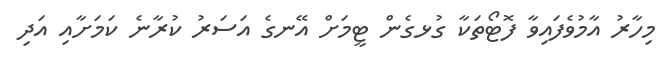
މިހާރު އާމުވެފައިވާ ފޮޓޯތަކާ ގުޅގެން ޓީމަށް އޭނގެ އަސަރު ކުރާނެ ކަމަށާއި އަދި